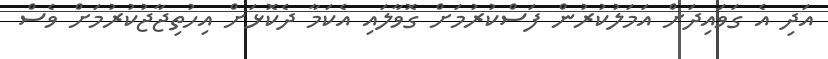
އަދި އެ ގަވައިދަށް އަމަލުކުރުން ފަސްކުރުމަށް ގޮވާލައި އެކަމާ ދެކޮޅަށް އިހުތިޖާޖުކުރުމަށް ވެސް